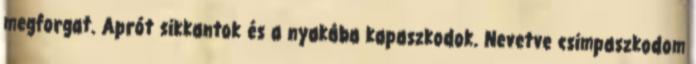
megforgat. Aprót sikkantok és a nyakába kapaszkodok. Nevetve csimpaszkodom